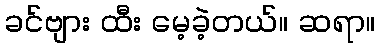
ခင်ဗျား ထီး မေ့ခဲ့တယ်။ ဆရာ။